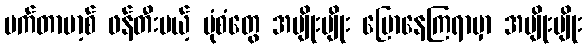
မက်တာဗာ့စ် ဖန်တီးမယ့် ပုံစံတွေ အမျိုးမျိုး ပြောနေကြရာမှာ အမျိုးမျိုး